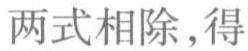
两式相除，得